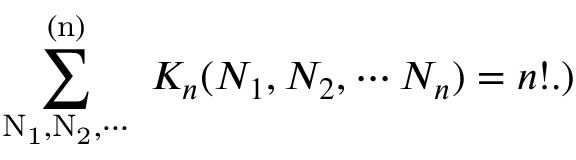
\mathrm { ~ \sum _ { N _ { 1 } , N _ { 2 } , \cdots } ^ { ( n ) } ~ } \, K _ { n } ( N _ { 1 } , N _ { 2 } , \cdots N _ { n } ) = n ! . \mathrm { ) }